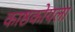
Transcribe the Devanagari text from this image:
काष्ठकोयला